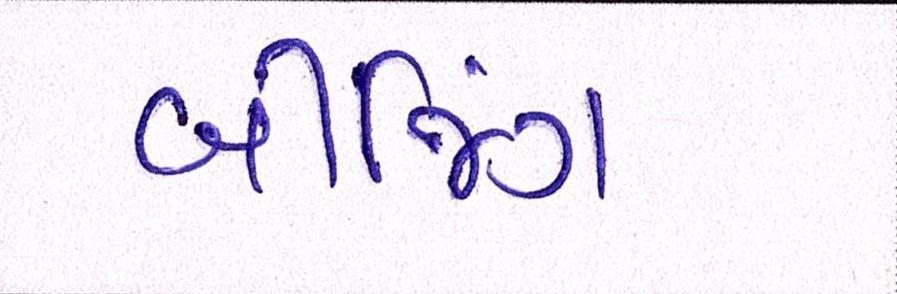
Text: બીજિંગ